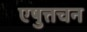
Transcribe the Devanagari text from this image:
एषुत्तचन